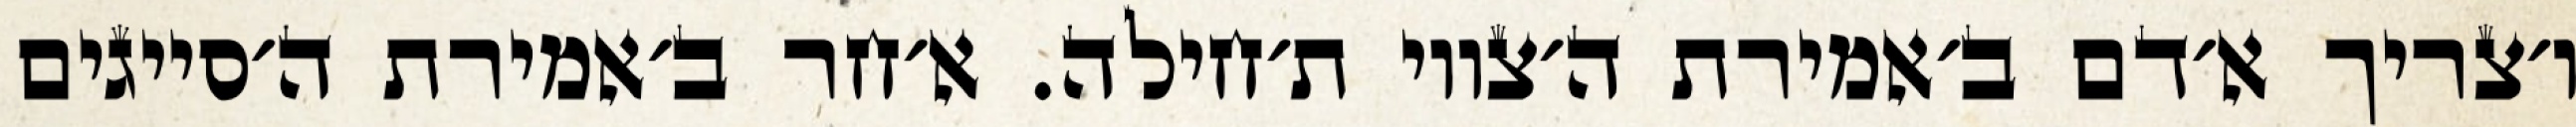
ו׳צריך א׳דם ב׳אמירת ה׳צווי ת׳חילה. א׳חר ב׳אמירת ה׳סייגים